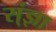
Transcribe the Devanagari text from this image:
स्ंज्ञा